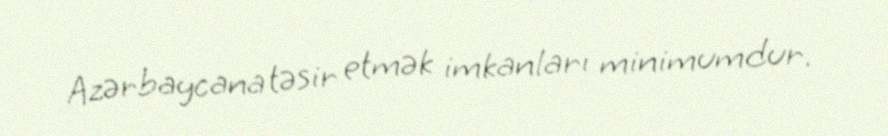
Azərbaycana təsir etmək imkanları minimumdur.